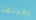
رميتها